Annual report of the Punjab Veterinary College and of the Civil Veterinary Department, Punjab - 1894-1908
Year: 1894
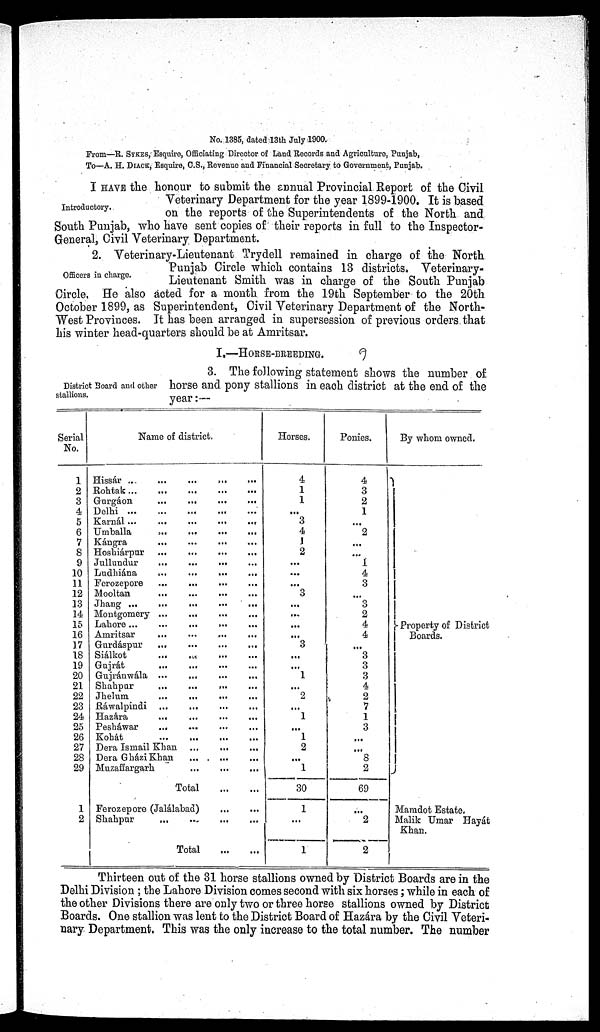
No. 1385, dated 13th July 1900.
From—R. SYKES, Esquire, Officiating Director of Land Records and Agriculture, Punjab,
To—A. H. DIACK, Esquire, C.S., Revenue and Financial Secretary to Government, Punjab.
Introductory.
I HAVE the honour to submit the annual Provincial Report of the Civil
Veterinary Department for the year 1899-1900. It is based
on the reports of the Superintendents of the North and
South Punjab, who have sent copies of their reports in full to the Inspector-
General, Civil Veterinary Department.
Officers in charge.
2. Veterinary-Lieutenant Trydell remained in charge of the North.
Punjab Circle which contains 13 districts. Veterinary¬
Lieutenant Smith was in charge of the South Punjab
Circle, He also acted for a month from the 19th September to the 20th
October 1899, as Superintendent, Civil Veterinary Department of the North-
West Provinces. It has been arranged in supersession of previous orders that
his winter head-quarters should be at Amritsar.
I.—HORSE-BREEDING.
District Board and other
stallions.
3. The following statement shows the number of
horse and pony stallions in each district at the end of the
year:-
Serial
No.
1
2
3
4
5
6
7
8
9
10
11
12
13
14
15
16
17
18
19
20
21
22
23
24
25
26
27
28
29
1
2
Name of district.
Hissár ..
...
...
...
...
Rohtak
...
...
...
...
...
Gurgáon
... ... ... ... ...
Delhi
...
...
...
...
Karnál ...
...
...
...
...
Umballa ... ... ... ...
Kángra
...
...
...
...
...
Hoshiárpar
...
...
...
...
Jullundur
...
... ... ... ...
Ludhiána ... ... ... ...
Ferozepore ... ... ... ...
Mooltan ... ... ... ...
Jhang ... ... ... ...
Montgomery ... ... ... ...
Lahore ...
...
...
...
...
Amritsar ... ... ... ...
Gurdáspur
...
...
...
...
Siálkot
...
...
...
...
Gujrát
...
...
...
...
Gujránwála ... ... ... ...
Shahpur
... ... ... ...
Jhelum ... ... ... ...
Rawalpindi
...
...
...
...
Hazára
... ... ... ...
Pesháwar ... ... ... ...
Kohát
...
...
...
...
...
Dera Ismail Khan ... ... ...
Dera GháziKhan ... ... ...
Muzaffargarh
...
...
...
Total
...
...
Ferozepore (Jalálabad)
...
...
Shahpur ... ... ... ...
Total
...
...
Horses.
4
1
1
...
3
4
1
2
...
...
...
3
...
...
...
...
3
...
...
1
...
2
...
1
...
1
2
...
1
30
1
...
1
Ponies.
4
3
2
1
...
2
...
...
1
4
3
...
3
2
4
4
...
3
3
3
4
2
7
1
3
...
...
8
2
69
...
2
2
By whom owned.
Property of District
Boards.
Mamdot Estate.
Malik Umar Hayát
Khan.
Thirteen out of the 31 horse stallions owned by District Boards are in the
Delhi Division; the Lahore Division comes second with six horses; while in each of
the other Divisions there are only two or three horse stallions owned by District
Boards. One stallion was lent to the District Board of Hazára by the Civil Veteri-
nary Department. This was the only increase to the total number. The number